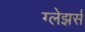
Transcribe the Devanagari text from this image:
ग्लेझर्स